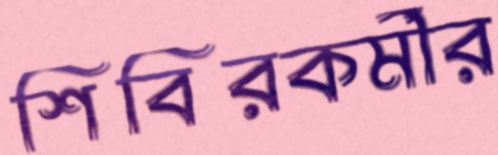
শিবিরকর্মীর